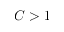
C > 1